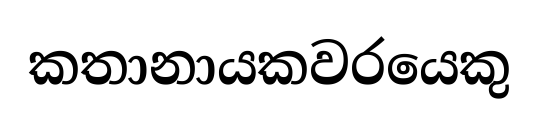
කතානායකවරයෙකු